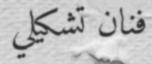
فنان تشكيلي